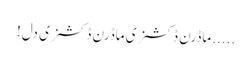
.....ماڈرن ڈکشنری ماڈرن ڈکشنری دل!